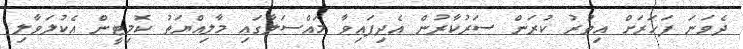
ދެވަނަ ފަހަރަށް އިތުރު ކުރަން ސަރުކާރުން އެދިފައިވާ މައްސަލާގައި މާލިއްޔަތު ކޮމިޓީން އެކުލަވާލި